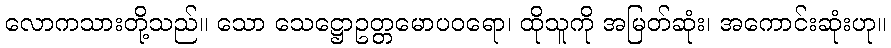
လောကသားတို့သည်။ သော သေဋ္ဌောဥတ္တမောပဝရော၊ ထိုသူကို အမြတ်ဆုံး၊ အကောင်းဆုံးဟု။